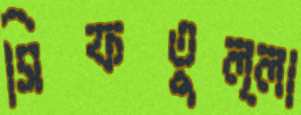
সিফতুল্লা